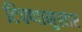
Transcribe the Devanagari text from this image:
टिपणानुसार